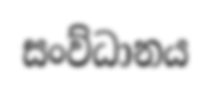
සංව්ධානය